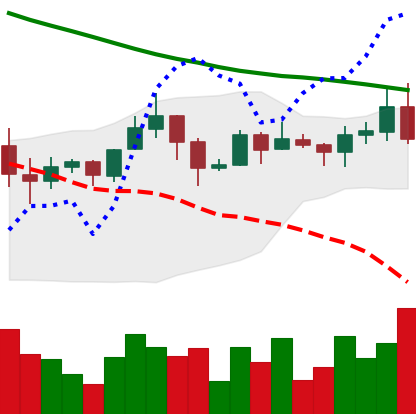
Ticker: ADA-USD
Chart end date: 2019-11-18
Forward return: -12.463%
Label: down_7plus